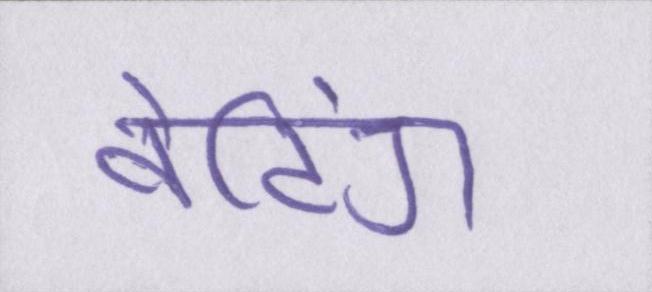
वेटिंग